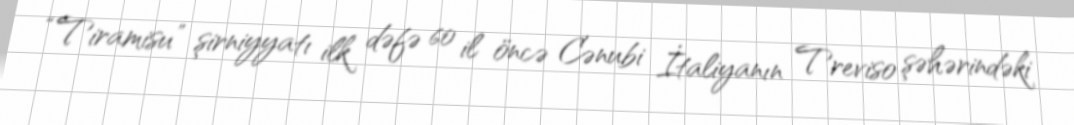
“Tiramisu” şirniyyatı ilk dəfə 60 il öncə Cənubi İtaliyanın Treviso şəhərindəki